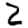
Digit: 2